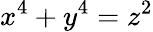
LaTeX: x^{4}+y^{4}=z^{2}